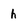
Character: h